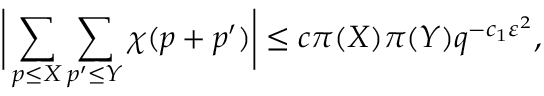
{ \biggl | } \sum _ { p \leq X } \sum _ { p ^ { \prime } \leq Y } \chi ( p + p ^ { \prime } ) { \biggr | } \leq c \pi ( X ) \pi ( Y ) q ^ { - c _ { 1 } \varepsilon ^ { 2 } } ,